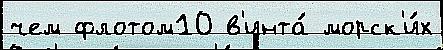
чем флотом10 в'инта́ морск'и́х